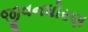
જીવનધોરણ